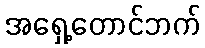
အရှေ့တောင်ဘက်